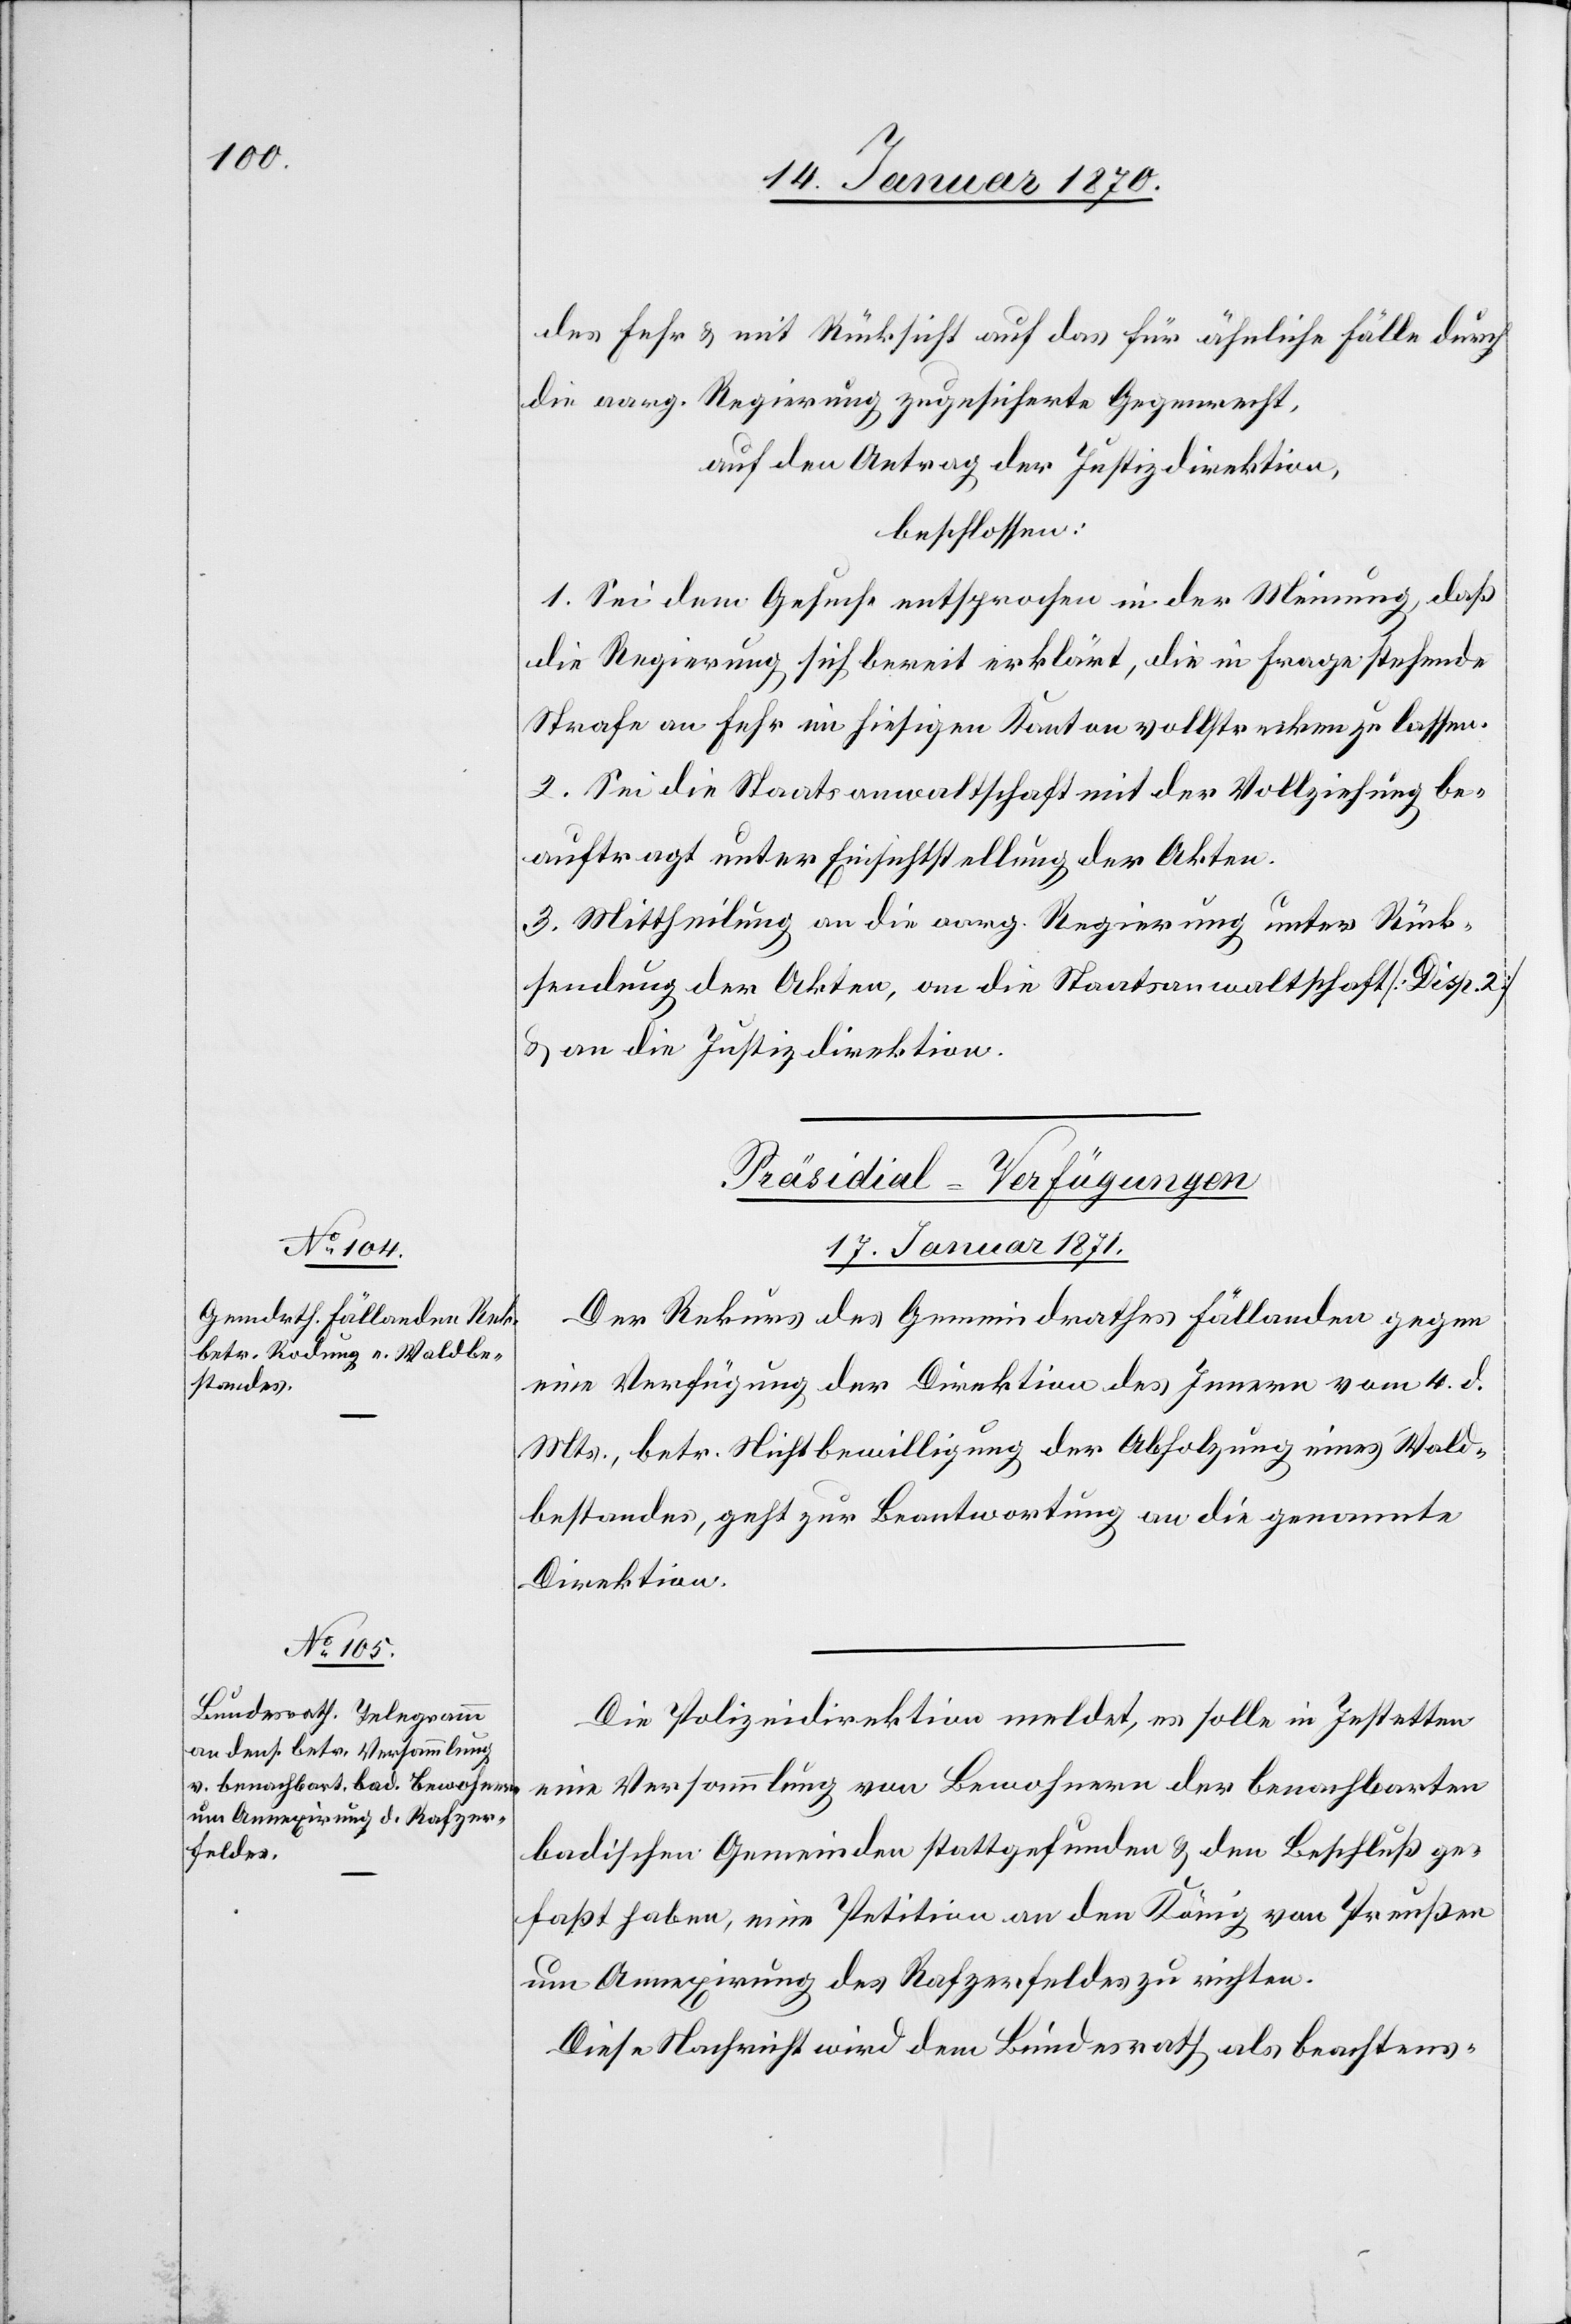
des Fehr u. mit Rücksicht auf das für ähnliche Fälle durch
die aarg. Regierung zugesicherte Gegenrecht,
auf den Antrag der Justizdirektion,
beschlossen:
1. Sei dem Gesuche entsprochen in der Meinung, daß
die Regierung sich bereit erklärt, die in Frage stehende
Strafe an Fehr im hiesigen Kanton vollstrecken zu lassen.
2. Sei die Staatsanwaltschaft mit der Vollziehung be¬
auftragt unter Einsichtstellung der Akten.
3. Mittheilung an die aarg. Regierung unter Rück¬
sendung der Akten, an die Staatsanwaltschaft [Disp. 2]
u. an die Justizdirektion.
[Präsidial-Verfügungen
17. Januar 1871]
Der Rekurs des Gemeindrathes Fällanden gegen
eine Verfügung der Direktion des Innern vom 4. d.
Mts., betr. Nichtbewilligung der Abholzung eines Wald¬
bestandes, geht zur Beantwortung an die genannte
Direktion.
Die Polizeidirektion meldet, es solle in Jestetten
eine Versammlung von Bewohnern der benachbarten
badischen Gemeinden stattgefunden u. den Beschluß ge¬
faßt haben, eine Petition an den König von Preußen
um Annexirung des Rafzerfeldes zu richten.
Diese Nachricht wird dem Bundesrath als beachtens-